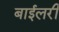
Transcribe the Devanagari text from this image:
बाईलरी